Report on vaccination in Madras 1895-1903 - 1895-1903
Year: 1895
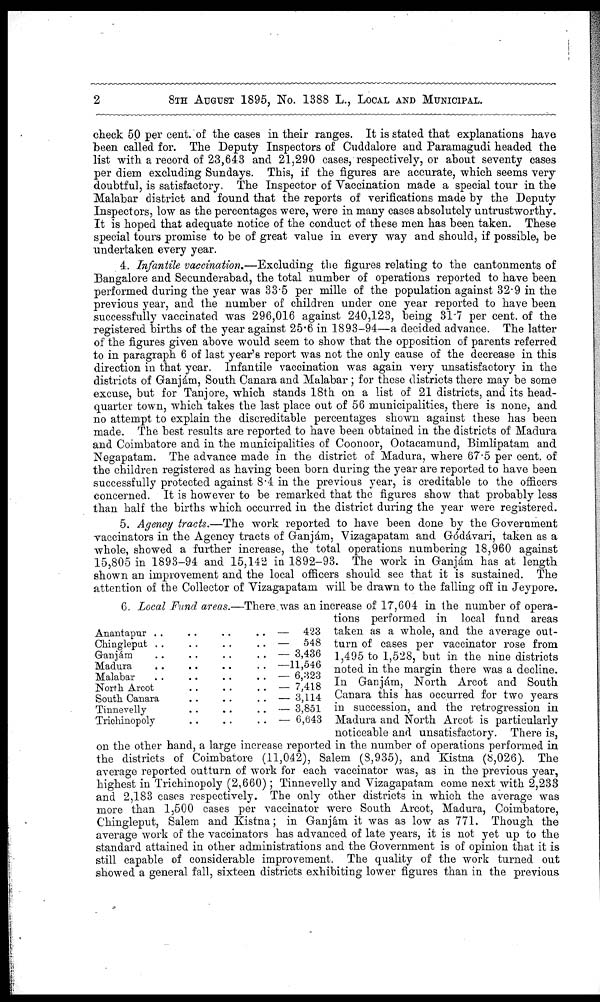
2
8TH AUGUST 1895, No. 1388 L., LOCAL AND MUNICIPAL.
check 50 per cent. of the cases in their ranges. It is stated that explanations have
been called for. The Deputy Inspectors of Cuddalore and Paramagudi headed the
list with a record of 23,643 and 21,290 cases, respectively, or about seventy cases
per diem excluding Sundays. This, if the figures are accurate, which seems very
doubtful, is satisfactory. The Inspector of Vaccination made a special tour in the
Malabar district and found that the reports of verifications made by the Deputy
Inspectors, low as the percentages were, were in many cases absolutely untrustworthy.
It is hoped that adequate notice of the conduct of these men has been taken. These
special tours promise to be of great value in every way and should, if possible, be
undertaken every year.
4. Infantile vaccination.—Excluding the figures relating to the cantonments of
Bangalore and Secunderabad, the total number of operations reported to have been
performed during the year was 33.5 per mille of the population against 32.9 in the
previous year, and the number of children under one year reported to have been
successfully vaccinated was 296,016 against 240,123, being 31.7 per cent. of the
registered births of the year against 25.6 in 1893-94—a decided advance. The latter
of the figures given above would seem to show that the opposition of parents referred
to in paragraph 6 of last year's report was not the only cause of the decrease in this
direction in that year. Infantile vaccination was again very unsatisfactory in the
districts of Ganjám, South Canara and Malabar; for these districts there may be some
excuse, but for Tanjore, which stands 18th on a list of 21 districts, and its head-
quarter town, which takes the last place out of 56 municipalities, there is none, and
no attempt to explain the discreditable percentages shown against these has been
made. The best results are reported to have been obtained in the districts of Madura
and Coimbatore and in the municipalities of Coonoor, Ootacamund, Bimlipatam and
Negapatam. The advance made in the district of Madura, where 67.5 per cent. of
the children registered as having been born during the year are reported to have been
successfully protected against 8.4 in the previous year, is creditable to the officers
concerned. It is however to be remarked that the figures show that probably less
than half the births which occurred in the district during the year were registered.
5. Agency tracts.—The work reported to have been done by the Government
vaccinators in the Agency tracts of Ganjám, Vizagapatam and Gódávari, taken as a
whole, showed a further increase, the total operations numbering 18,960 against
15,805 in 1893-94 and 15,142 in 1892-93. The work in Ganjám has at length
shown an improvement and the local officers should see that it is sustained. The
attention of the Collector of Vizagapatam will be drawn to the falling off in Jeypore.
Chingleput
..
..
..
..
—
Ganjám
..
..
..
..
—
Madura
..
..
..
..
—
Malabar
..
..
..
..—
North Arcot
..
..
..
—
South Canara
..
..
..
—
Tinnevelly
..
..
..
—
Trichinopoly
..
..
..
—
423
548
3,436
11,546
6,823
7,418
3,114
3,851
6,643
6. Local Fund areas.—There was an increase of 17,604 in the number of opera-
tions performed in local fund areas
taken as a whole, and the average out-
turn of cases per vaccinator rose from
1,495 to 1,528, but in the nine districts
noted in the margin there was a decline.
In Ganjám, North Arcot and South
Canara this has occurred for two years
in succession, and the retrogression in
Madura and North Arcot is particularly
noticeable and unsatisfactory. There is,
on the other hand, a large increase reported in the number of operations performed in
the districts of Coimbatore (11,042), Salem (8,935), and Kistna (8,026). The
average reported outturn of work for each vaccinator was, as in the previous year,
highest in Trichinopoly (2,660) ; Tinnevelly and Vizagapatam come next with 2,233
and 2,183 cases respectively. The only other districts in which the average was
more than 1,500 cases per vaccinator were South Arcot, Madura, Coimbatore,
Chingleput, Salem and Kistna; in Ganjám it was as low as 771. Though the
average work of the vaccinators has advanced of late years, it is not yet up to the
standard attained in other administrations and the Government is of opinion that it is
still capable of considerable improvement. The quality of the work turned out
showed a general fall, sixteen districts exhibiting lower figures than in the previous